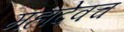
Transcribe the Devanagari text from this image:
महादेवच